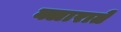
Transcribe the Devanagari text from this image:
क्लाराते